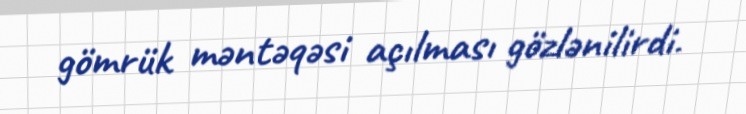
gömrük məntəqəsi açılması gözlənilirdi.